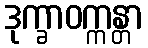
ဒုက္ခာဝက္ကန္တာ